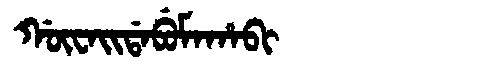
Manchu: ᡤᡡᠸᠠᡳᡩᠠᠪᡠᠮᠠᡥᠠᠪᡳ
Romanization: GŪWAIDABUMAHABI